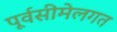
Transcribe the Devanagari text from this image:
पूर्वसीमेलगत